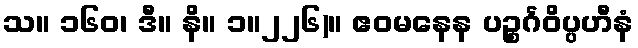
သ။ ၁၆၀၊ ဒီ။ နိ။ ၁။၂၂၆)။ ဧဝမနေန ပဉ္စင်္ဂဝိပ္ပဟီနံ